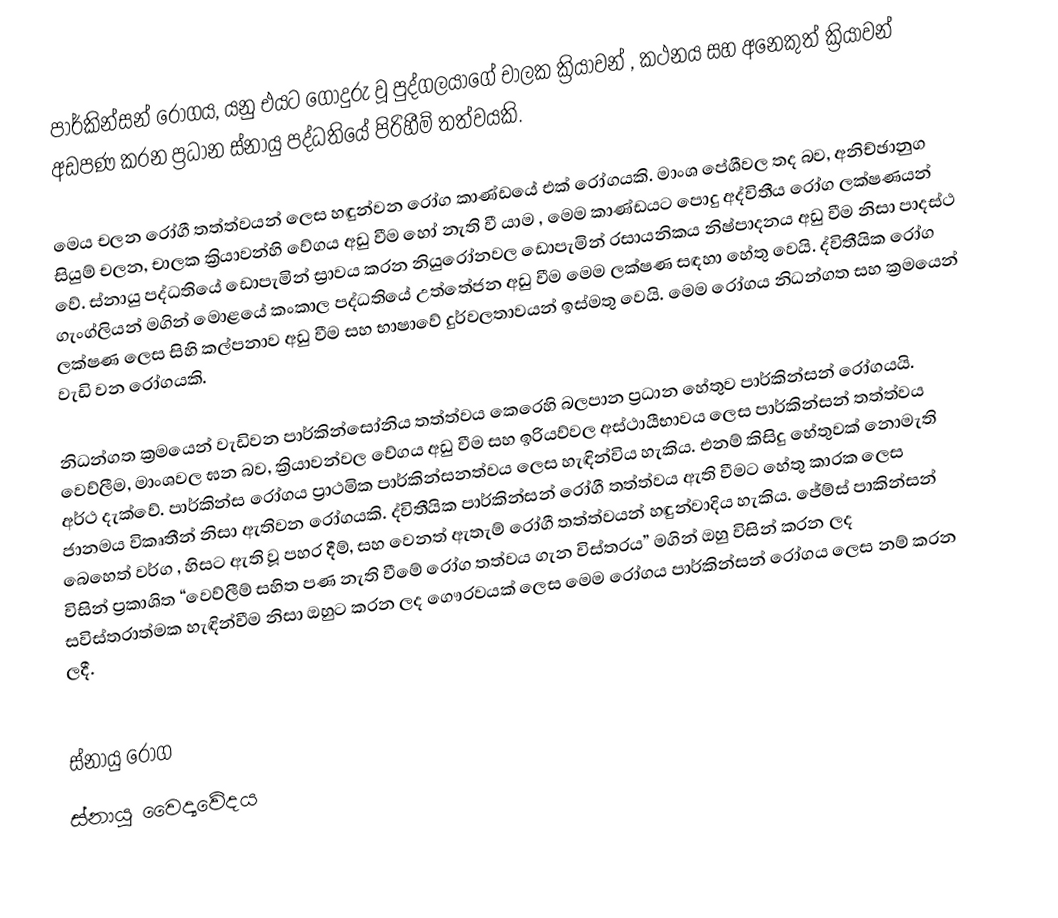
පාර්කින්සන් රෝගය, යනු එයට ගොදුරු වූ පුද්ගලයාගේ චාලක ක්‍රියාවන් , කථනය සහ අනෙකුත් ක්‍රියාවන් අඩපණ කරන ප්‍රධාන ස්නායු පද්ධතියේ පිරිහීම් තත්වයකි.

මෙය චලන රෝගී තත්ත්වයන් ලෙස හඳුන්වන රෝග කාණ්ඩයේ එක් රෝගයකි. මාංශ පේශීවල තද බව, අනිච්ඡානුග සියුම් චලන, චාලක ක්‍රියාවන්හි වේගය අඩු වීම හෝ නැති වී යාම , මෙම කාණ්ඩයට පොදු අද්විතීය රෝග ලක්ෂණයන් වේ. ස්නායු පද්ධතියේ ඩොපැමින් ස්‍රාවය කරන නියුරෝනවල ඩොපැමින් රසායනිකය නිෂ්පාදනය අඩු වීම නිසා පාදස්ථ ගැංග්ලියන් මගින් මොළයේ කංකාල පද්ධතියේ උත්තේජන අඩු වීම මෙම ලක්ෂණ සඳහා හේතු වෙයි. ද්විතීයික රෝග ලක්ෂණ ලෙස සිහි කල්පනාව අඩු වීම සහ භාෂාවේ දුර්වලතාවයන් ඉස්මතු වෙයි. මෙම රෝගය නිධන්ගත සහ ක්‍රමයෙන් වැඩි වන රෝගයකි.

නිධන්ගත ක්‍රමයෙන් වැඩිවන පාර්කින්සෝනිය තත්ත්වය කෙරෙහි බලපාන ප්‍රධාන හේතුව පාර්කින්සන් රෝගයයි. වෙව්ලීම, මාංශවල ඝන බව, ක්‍රියාවන්වල වේගය අඩු වීම සහ ඉරියව්වල අස්ථායීභාවය ලෙස පාර්කින්සන් තත්ත්වය අර්ථ දැක්වේ. පාර්කින්ස රෝගය ප්‍රාථමික පාර්කින්සනත්වය ලෙස හැඳින්විය හැකිය. එනම් කිසිදු හේතුවක් නොමැති ජානමය විකෘතීන් නිසා ඇතිවන රෝගයකි. ද්විතීයික පාර්කින්සන් රෝගී තත්ත්වය ඇති වීමට හේතු කාරක ලෙස බෙහෙත් වර්ග , හිසට ඇති වූ පහර දීම්, සහ වෙනත් ඇතැම් රෝගී තත්ත්වයන් හඳුන්වාදිය හැකිය. ජේම්ස් පාකින්සන් විසින් ප්‍රකාශිත “වෙව්ලීම් සහිත පණ නැති වීමේ රෝග තත්වය ගැන විස්තරය” මගින් ඔහු විසින් කරන ලද සවිස්තරාත්මක හැඳින්වීම නිසා ඔහුට කරන ලද ගෞරවයක් ලෙස මෙම රෝගය පාර්කින්සන් රෝගය ලෙස නම් කරන ලදී.

ස්නායු රෝග
ස්නායු වෛද්‍යවේදය